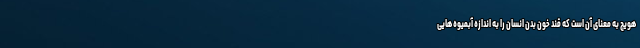
هویج به معنای آن است که قند خون بدن انسان را به اندازه آبمیوه هایی